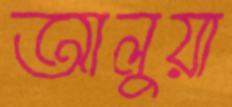
আলুয়া